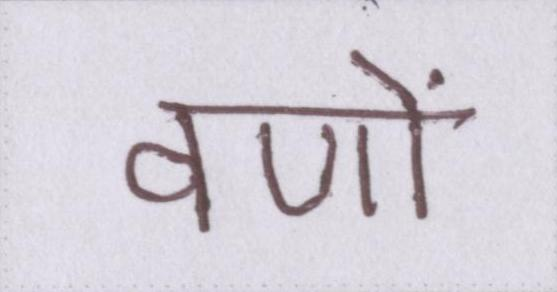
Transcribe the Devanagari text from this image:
वणों